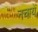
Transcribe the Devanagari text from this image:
नचायें